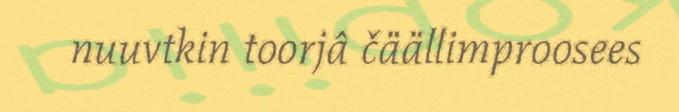
nuuvtkin toorjâ čäällimproosees